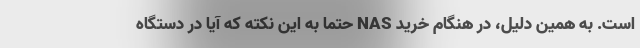
است. به همین دلیل، در هنگام خرید NAS حتما به این نکته که آیا در دستگاه